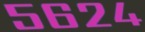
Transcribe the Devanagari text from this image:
५६२४